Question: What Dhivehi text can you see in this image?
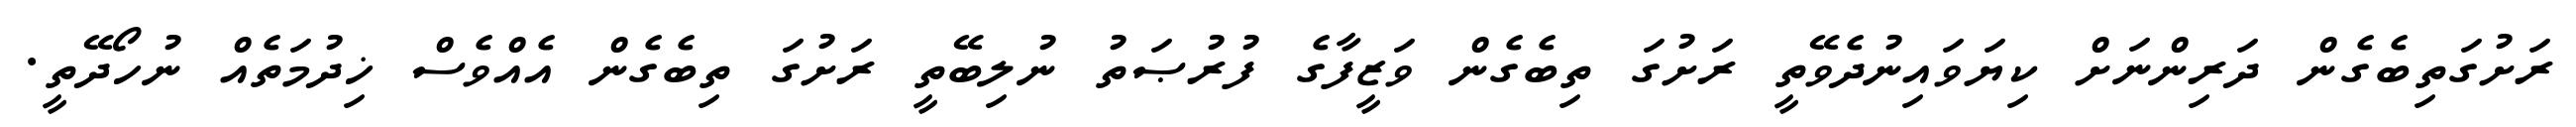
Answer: ރަށުގަތިބެގެން ދަރިންނަށް ކިޔަވައިނުދެވޭތީ ރަށުގަ ތިބެގެން ވަޒީފާގެ ފުރުޞަތު ނުލިބޭތީ ރަށުގަ ތިބެގެން އެއްވެސް ޚިދުމަތެއް ނުހޯދޭތީ.